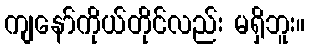
ကျနော်ကိုယ်တိုင်လည်း မရှိဘူး။